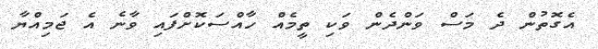
އެގޮތުން ދެ މަސް ވަންދެން ވަކި ތީމެއް ހާއްސަކޮށްފައި ވާނެ އެ ޖަމިއްޔާ